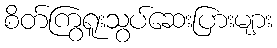
စိတ်ကြွရူးသွပ်ဆေးပြားများ